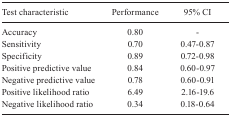
| Test characteristic | Performance | 95% CI |
 | --- | --- | --- |
 | Accuracy | 0.80 | - |
 | Sensitivity | 0.70 | 0.47-0.87 |
 | Specificity | 0.89 | 0.72-0.98 |
 | Positive predictive value | 0.84 | 0.60-0.97 |
 | Negative predictive value | 0.78 | 0.60-0.91 |
 | Positive likelihood ratio | 6.49 | 2.16-19.6 |
 | Negative likelihood ratio | 0.34 | 0.18-0.64 |